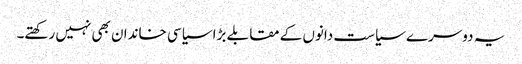
یہ دوسرے سیاست دانوں کے مقابلے بڑا سیاسی خاندان بھی نہیں رکھتے۔